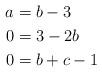
LaTeX: \begin{align*}a & = b-3 \\0 & = 3-2b \\0 & = b+c-1\end{align*}